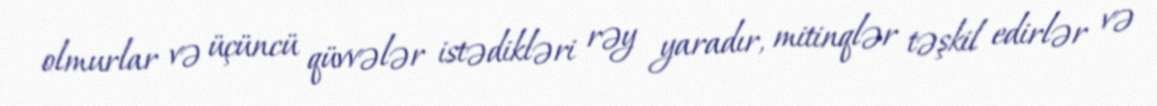
olmurlar və üçüncü qüvvələr istədikləri rəy yaradır, mitinqlər təşkil edirlər və